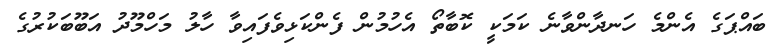
ބައްޕަގެ އެންމެ ހަނދާންވާނެ ކަމަކީ ކޮބާތޯ އެހުމުން ފެންކަޅިވެފައިވާ ހާލު މަހްމޫދު އަބޫބަކުރުގެ